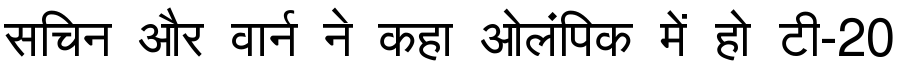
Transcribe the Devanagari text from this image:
सचिन और वार्न ने कहा ओलंपिक में हो टी-20